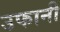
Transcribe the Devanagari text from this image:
उफानी